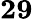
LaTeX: \mathbf{29}